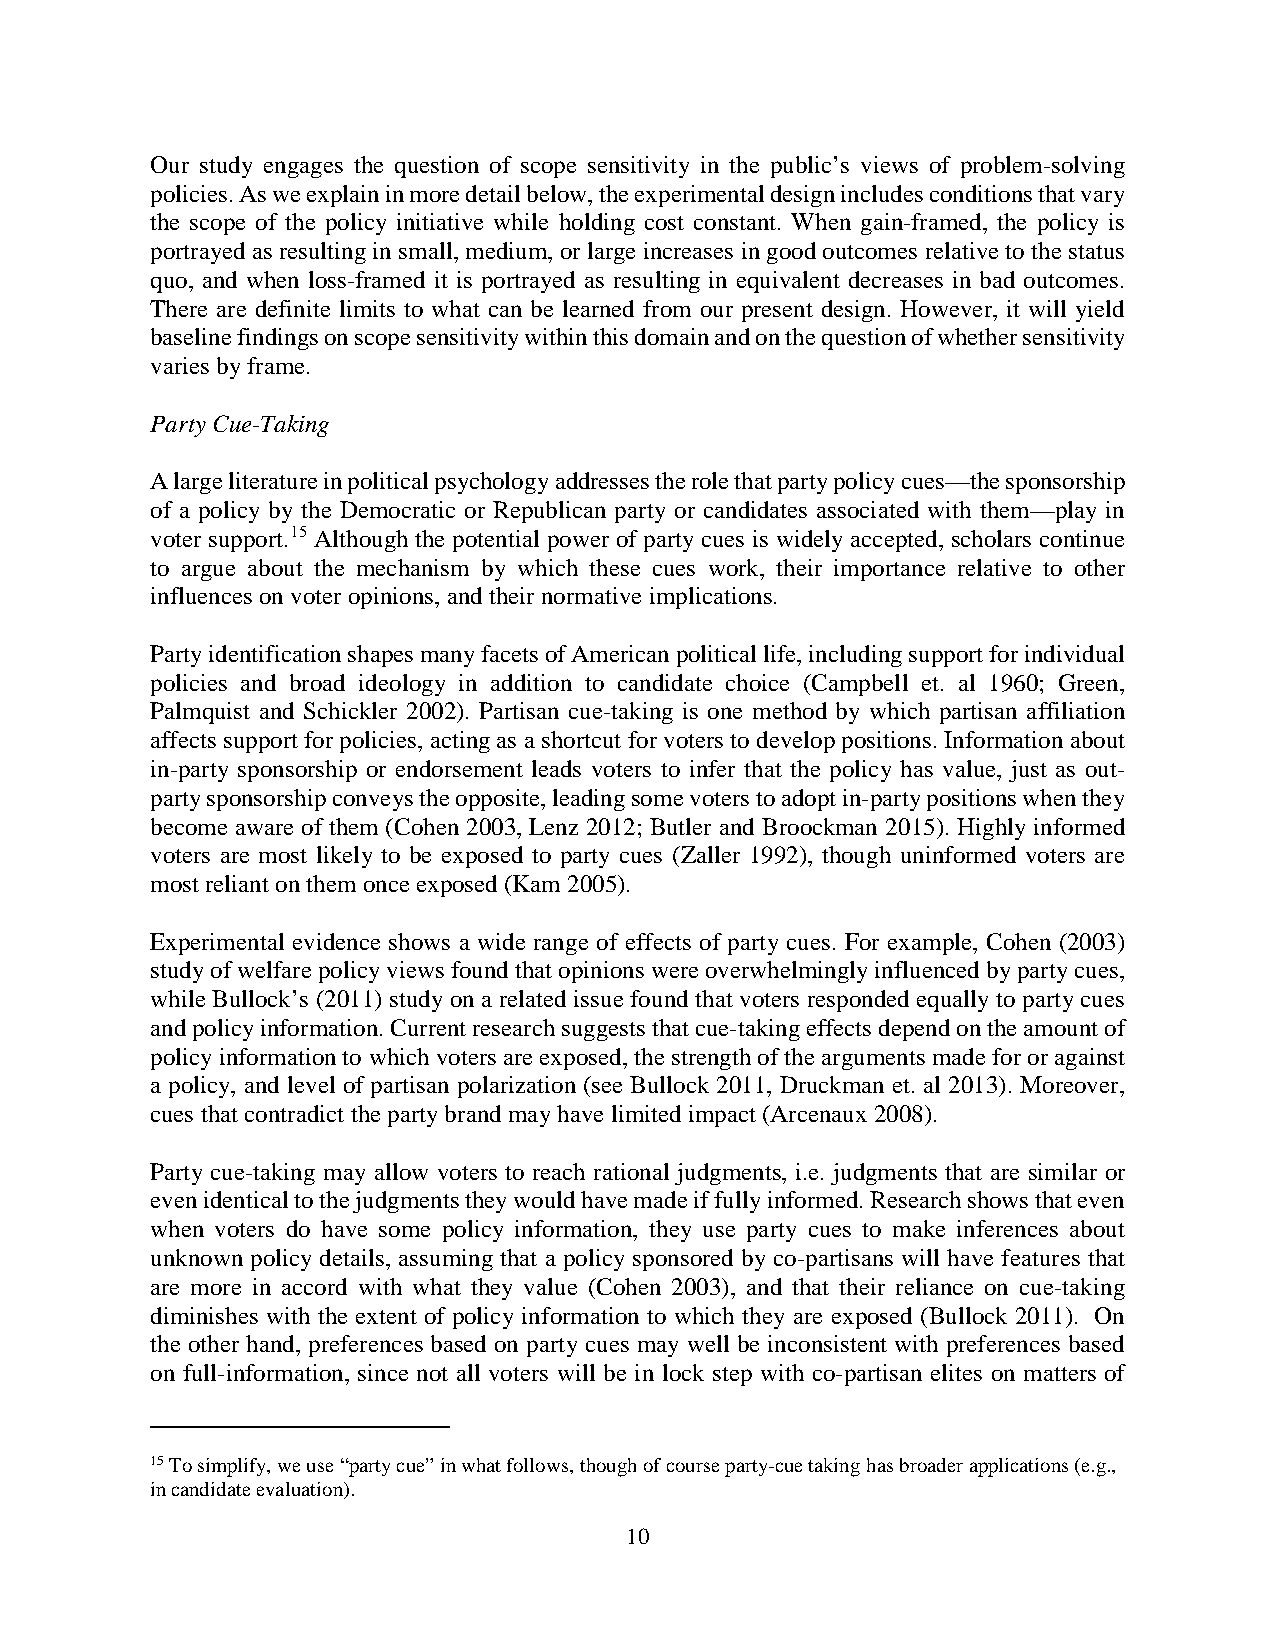
Our study engages the question of scope sensitivity in the public’s views of problem-solving
 policies. As we explain in more detail below, the experimental design includes conditions that vary
 the scope of the policy initiative while holding cost constant. When gain-framed, the policy is
 portrayed as resulting in small, medium, or large increases in good outcomes relative to the status
 quo, and when loss-framed it is portrayed as resulting in equivalent decreases in bad outcomes.
 There are definite limits to what can be learned from our present design. However, it will yield
 baseline findings on scope sensitivity within this domain and on the question of whether sensitivity
 varies by frame.
 Party Cue-Taking
 A large literature in political psychology addresses the role that party policy cues—the sponsorship
 of a policy by the Democratic or Republican party or candidates associated with them—play in
 voter support.15 Although the potential power of party cues is widely accepted, scholars continue
 to argue about the mechanism by which these cues work, their importance relative to other
 influences on voter opinions, and their normative implications.
 Party identification shapes many facets of American political life, including support for individual
 policies and broad ideology in addition to candidate choice (Campbell et. al 1960; Green,
 Palmquist and Schickler 2002). Partisan cue-taking is one method by which partisan affiliation
 affects support for policies, acting as a shortcut for voters to develop positions. Information about
 in-party sponsorship or endorsement leads voters to infer that the policy has value, just as out-
 party sponsorship conveys the opposite, leading some voters to adopt in-party positions when they
 become aware of them (Cohen 2003, Lenz 2012; Butler and Broockman 2015). Highly informed
 voters are most likely to be exposed to party cues (Zaller 1992), though uninformed voters are
 most reliant on them once exposed (Kam 2005).
 Experimental evidence shows a wide range of effects of party cues. For example, Cohen (2003)
 study of welfare policy views found that opinions were overwhelmingly influenced by party cues,
 while Bullock’s (2011) study on a related issue found that voters responded equally to party cues
 and policy information. Current research suggests that cue-taking effects depend on the amount of
 policy information to which voters are exposed, the strength of the arguments made for or against
 a policy, and level of partisan polarization (see Bullock 2011, Druckman et. al 2013). Moreover,
 cues that contradict the party brand may have limited impact (Arcenaux 2008).
 Party cue-taking may allow voters to reach rational judgments, i.e. judgments that are similar or
 even identical to the judgments they would have made if fully informed. Research shows that even
 when voters do have some policy information, they use party cues to make inferences about
 unknown policy details, assuming that a policy sponsored by co-partisans will have features that
 are more in accord with what they value (Cohen 2003), and that their reliance on cue-taking
 diminishes with the extent of policy information to which they are exposed (Bullock 2011). On
 the other hand, preferences based on party cues may well be inconsistent with preferences based
 on full-information, since not all voters will be in lock step with co-partisan elites on matters of
 15 To simplify, we use “party cue” in what follows, though of course party-cue taking has broader applications (e.g.,
 in candidate evaluation).
 10